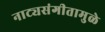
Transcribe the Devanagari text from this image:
नाट्यसंगीतामुळे